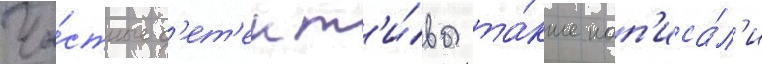
Ча́стные д'ет'ект'и́вы та́кже нап'иса́л'и